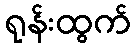
ရုန်းထွက်